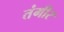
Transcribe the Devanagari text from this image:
तंगीर